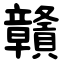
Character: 贛